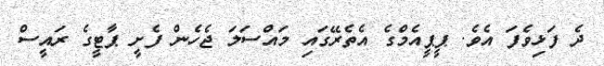
ދެ ފަޅިވެފަ އެވެ. ޕީޕީއެމްގެ އެތެރޭގައި މައްސަލަ ޖެހެން ފެށީ ޕާޓީގެ ރައީސް